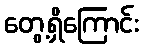
တွေ့ရှိကြောင်း